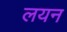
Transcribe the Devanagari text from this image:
लयन